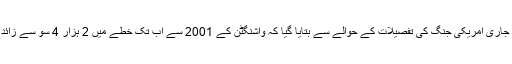
رپورٹ میں افغانستان میں جاری امریکی جنگ کی تفصیلات کے حوالے سے بتایا گیا کہ واشنگٹن کے 2001 سے اب تک خطے میں 2 ہزار 4 سو سے زائد فوجی مارے جاچکے ہیں۔